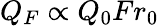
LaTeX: Q_{F}\propto Q_{0}Fr_{0}